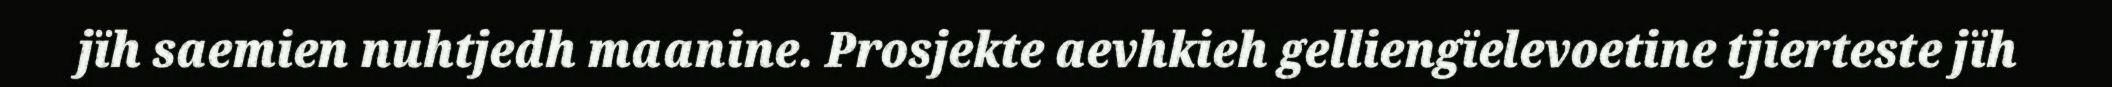
jïh saemien nuhtjedh maanine. Prosjekte aevhkieh gelliengïelevoetine tjierteste jïh